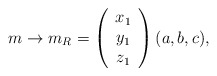
\begin{align*}m \rightarrow m_R = \left( \begin{array}{c} x_1 \\ y_1 \\ z_1 \end{array} \right) (a, b, c),\end{align*}